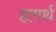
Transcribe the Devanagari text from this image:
हागर्थ